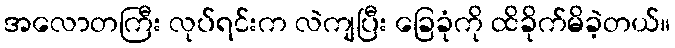
အလောတကြီး လုပ်ရင်းက လဲကျပြီး ခြေခုံကို ထိခိုက်မိခဲ့တယ်။